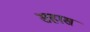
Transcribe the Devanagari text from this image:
सहास